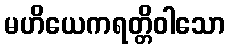
မဟိယေကရတ္တိဝါသော